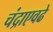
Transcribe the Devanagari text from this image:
चंद्राएवढे